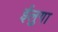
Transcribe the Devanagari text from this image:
ईलुगा